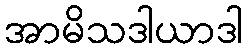
အာမိသဒါယာဒါ